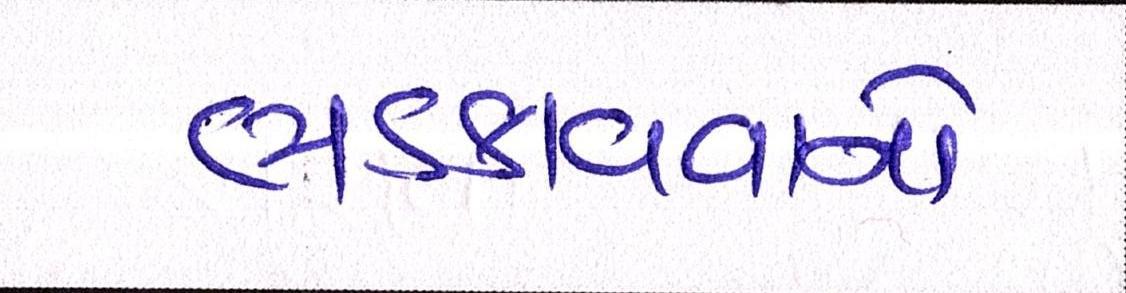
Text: ભડકાવવાનો